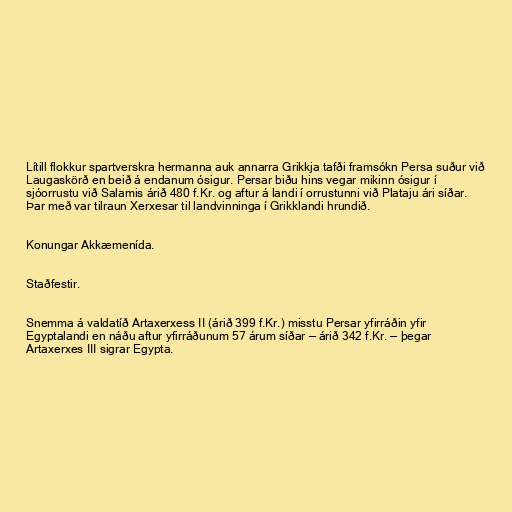
Lítill flokkur spartverskra hermanna auk annarra Grikkja tafði framsókn Persa suður við
Laugaskörð en beið á endanum ósigur. Persar biðu hins vegar mikinn ósigur í
sjóorrustu við Salamis árið 480 f.Kr. og aftur á landi í orrustunni við Plataju ári síðar.
Þar með var tilraun Xerxesar til landvinninga í Grikklandi hrundið.

Konungar Akkæmenída.

Staðfestir.

Snemma á valdatíð Artaxerxess II (árið 399 f.Kr.) misstu Persar yfirráðin yfir
Egyptalandi en náðu aftur yfirráðunum 57 árum síðar — árið 342 f.Kr. — þegar
Artaxerxes III sigrar Egypta.